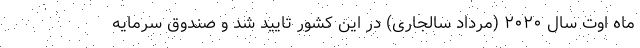
ماه اوت سال ۲۰۲۰ (مرداد سالجاری) در این کشور تایید شد و صندوق سرمایه